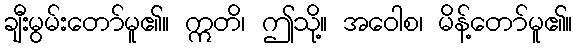
ချီးမွမ်းတော်မူ၏။ ဣတိ၊ ဤသို့။ အဝေါစ၊ မိန့်တော်မူ၏။